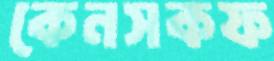
কেনসকফ